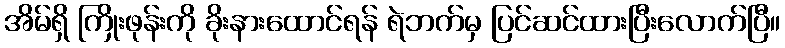
အိမ်ရှိ ကြိုးဖုန်းကို ခိုးနားထောင်ရန် ရဲဘက်မှ ပြင်ဆင်ထားပြီးလောက်ပြီ။